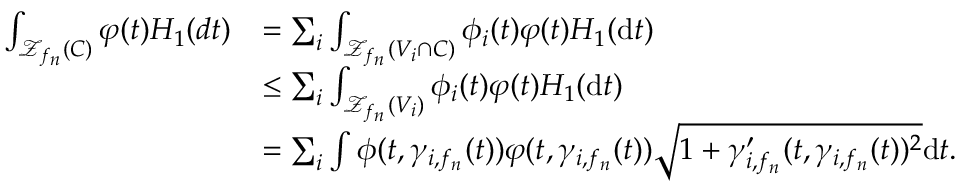
\begin{array} { r l } { \int _ { \mathcal { Z } _ { f _ { n } } ( C ) } \varphi ( t ) H _ { 1 } ( d t ) } & { = \sum _ { i } \int _ { \mathcal { Z } _ { f _ { n } } ( V _ { i } \cap C ) } \phi _ { i } ( t ) \varphi ( t ) H _ { 1 } ( \mathrm { d } t ) } \\ & { \leq \sum _ { i } \int _ { \mathcal { Z } _ { f _ { n } } ( V _ { i } ) } \phi _ { i } ( t ) \varphi ( t ) H _ { 1 } ( \mathrm { d } t ) } \\ & { = \sum _ { i } \int \phi ( t , \gamma _ { i , f _ { n } } ( t ) ) \varphi ( t , \gamma _ { i , f _ { n } } ( t ) ) \sqrt { 1 + \gamma _ { i , f _ { n } } ^ { \prime } ( t , \gamma _ { i , f _ { n } } ( t ) ) ^ { 2 } } \mathrm { d } t . } \end{array}